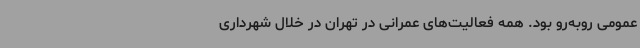
عمومی روبه‌رو بود. همه فعالیت‌های عمرانی در تهران در خلال شهرداری